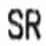
SR